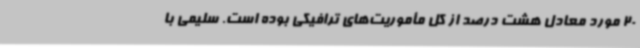
20 مورد معادل هشت درصد از کل مأموریت‌های ترافیکی بوده است. سلیمی با